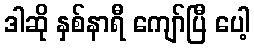
ဒါဆို နှစ်နာရီ ကျော်ပြီ ပေါ့